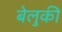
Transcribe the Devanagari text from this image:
बेलुकी